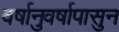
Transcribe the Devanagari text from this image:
वर्षानुवर्षापासुन